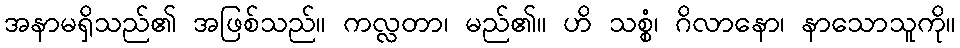
အနာမရှိသည်၏ အဖြစ်သည်။ ကလ္လတာ၊ မည်၏။ ဟိ သစ္စံ၊ ဂိလာနော၊ နာသောသူကို။